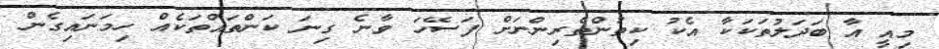
މިއީ އާ ބަދަލުތަކަކާ އެކު ކިތުންތެރިންނަށް ފަސޭހަ ވާނެ ގިނަ ކަންތައްތަކެއް ހިމަނައިގެން